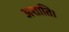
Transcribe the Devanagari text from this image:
अशांति।